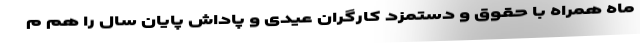
ماه همراه با حقوق و دستمزد کارگران عیدی و پاداش پایان سال را هم م